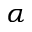
\alpha